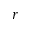
r